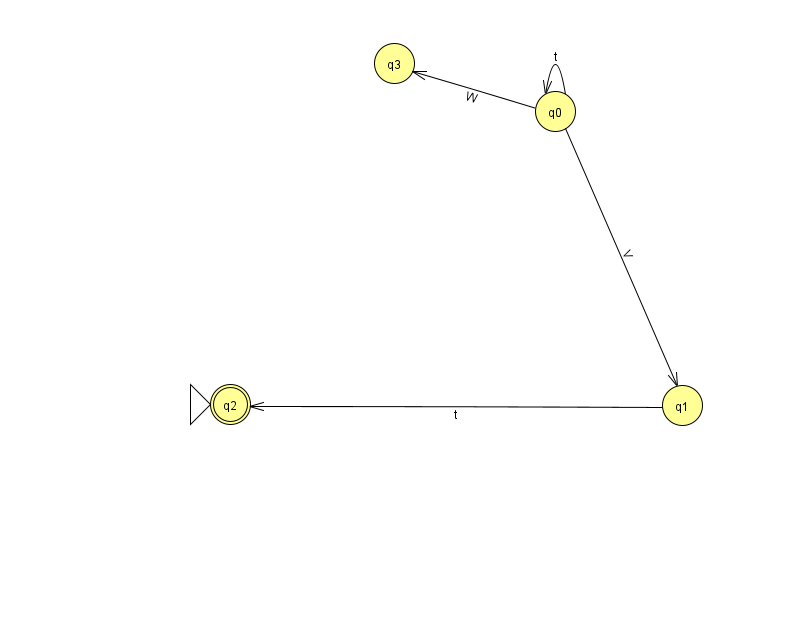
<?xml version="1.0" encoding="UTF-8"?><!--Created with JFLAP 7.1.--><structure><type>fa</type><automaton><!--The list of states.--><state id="0" name="q0"><x>555.0</x><y>98.0</y></state><state id="1" name="q1"><x>682.0</x><y>392.0</y></state><state id="2" name="q2"><x>230.0</x><y>391.0</y><initial/><final/></state><state id="3" name="q3"><x>394.0</x><y>50.0</y></state><!--The list of transitions.--><transition><from>1</from><to>2</to><read>t</read></transition><transition><from>0</from><to>1</to><read>V</read></transition><transition><from>0</from><to>0</to><read>t</read></transition><transition><from>0</from><to>3</to><read>W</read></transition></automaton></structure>